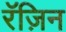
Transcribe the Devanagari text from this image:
रॅज़िन